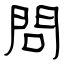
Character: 問